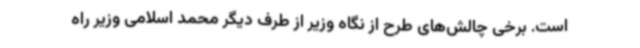
است. برخی چالش‌های طرح از نگاه وزیر از طرف دیگر محمد اسلامی وزیر راه